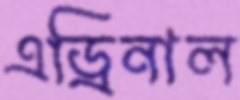
এড্রিনাল